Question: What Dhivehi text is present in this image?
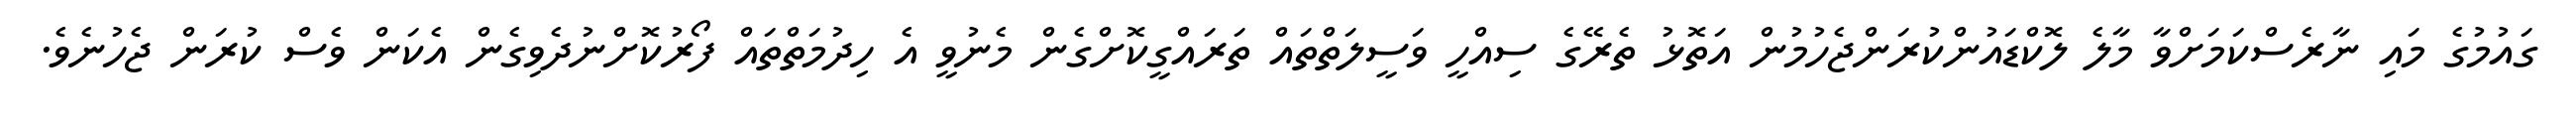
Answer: ގައުމުގެ މައި ނާރެސްކަމަށްވާ މާލެ ލޮކްޑައުންކުރަންޖެހުމުން އަތޮޅު ތެރޭގެ ސިއްހީ ވަސީލަތްތައް ތަރައްގީކޮށްގެން މެނުވީ އެ ހިދުމަތްތައް ފޯރުކޮށްނުދެވިގެން އެކަން ވެސް ކުރަން ޖެހުނެވެ.